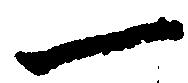
一